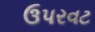
ઉપરવટ